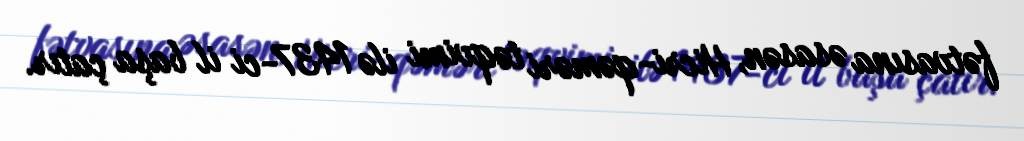
fətvasına əsasən, Hicri-qəməri təqvimi ilə 1437-ci il başa çatır.